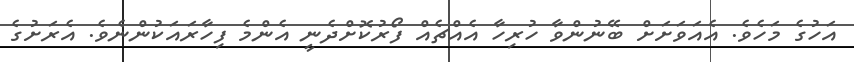
އަހުގެ މަހެވެ. އެއަވަށަށް ބޭނުންވާ ހުރިހާ އެއްޗެއް ފޯރުކޮށްދެނީ އެންމެ ފިހާރައަކުންނެވެ. އެރަށުގެ